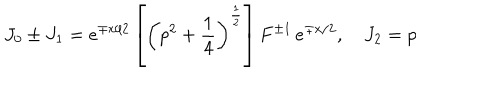
LaTeX: J _ { 0 } \pm J _ { 1 } = e ^ { \mp x / 2 } \left[ \left( p ^ { 2 } + \frac 1 4 \right) ^ { \frac 1 2 } \right] F ^ { \pm 1 } \, e ^ { \mp x / 2 } , \quad J _ { 2 } = p